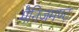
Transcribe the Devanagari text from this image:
मैनिजमण्ट